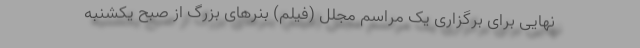
نهایی برای برگزاری یک مراسم مجلل (فیلم) بنرهای بزرگ از صبح یکشنبه